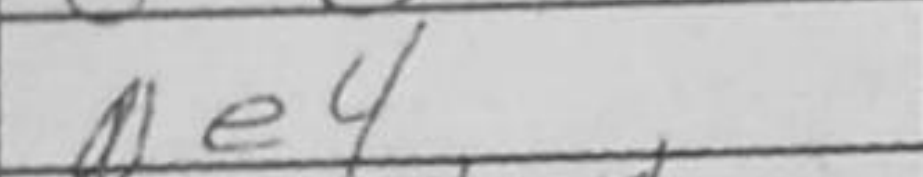
Transcription: Ne4